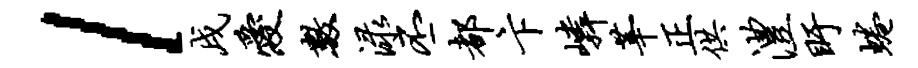
l戌爱数渌丕都卞嶙莘正供澧盱蜷